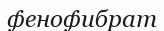
фенофибрат